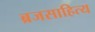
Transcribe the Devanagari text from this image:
ब्रजसाहित्य